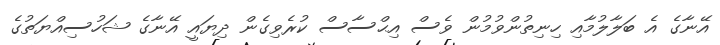
އޭނާގެ އެ ބަލާލުމާއި ހިނިތުންވުމުން ވެސް އިޙްސާސް ކުރެވިގެން ދިޔައީ އޭނާގެ ޝަހުސިއްޔަތުގެ